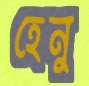
হেনু